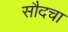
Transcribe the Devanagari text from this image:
सौदचा